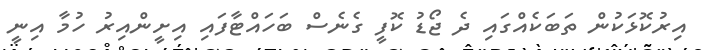
އިރުކޮޅަކުން ތަބަކެއްގައި ދެ ޖޯޑު ކޮފީ ގެނެސް ބަހައްޓާފައި އިށީންއިރު ހުމާ އިނީ